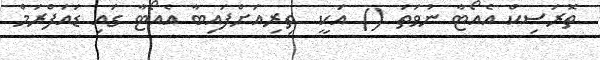
ތޮރަސިކް އެއޯޓާ ނުވަތަ () އަކީ  ތިރިއަށްފައިބާ އެއޯޓާ ގައި ޑައަފްރަމް